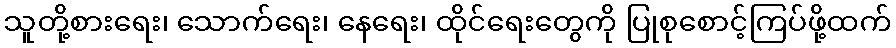
သူတို့စားရေး၊ သောက်ရေး၊ နေရေး၊ ထိုင်ရေးတွေကို ပြုစုစောင့်ကြပ်ဖို့ထက်